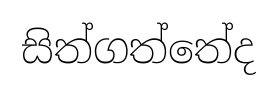
සිත්ගත්තේද